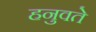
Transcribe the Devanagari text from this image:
हनुवते